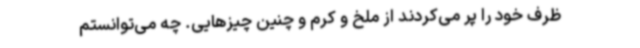
ظرف خود را پر می‌کردند از ملخ و کرم و چنین چیزهایی. چه می‌توانستم